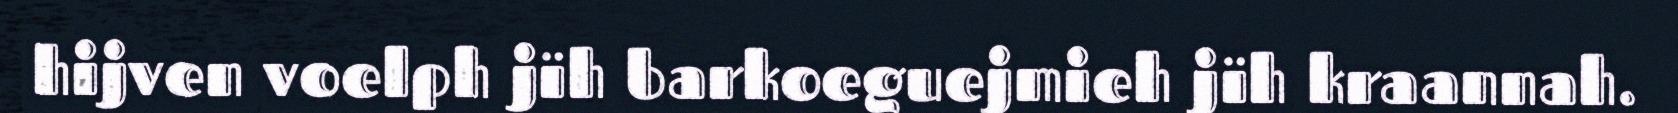
hijven voelph jïh barkoeguejmieh jïh kraannah.